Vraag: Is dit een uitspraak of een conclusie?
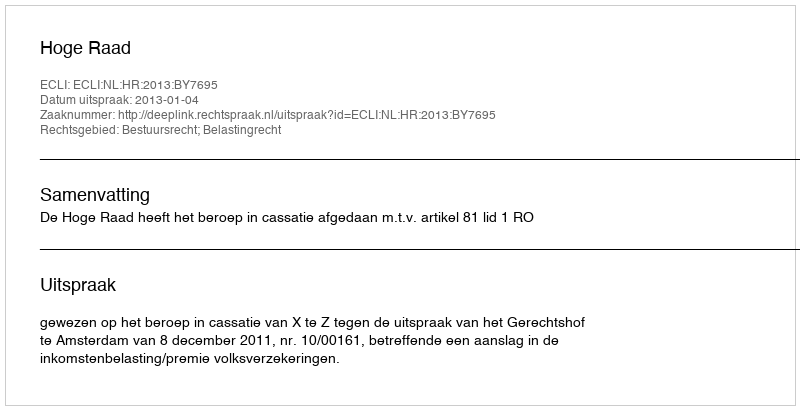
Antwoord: Uitspraak